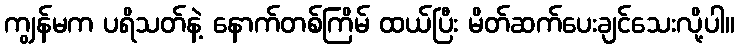
ကျွန်မက ပရိသတ်နဲ့ နောက်တစ်ကြိမ် ထယ်ပြီး မိတ်ဆက်ပေးချင်သေးလို့ပါ။